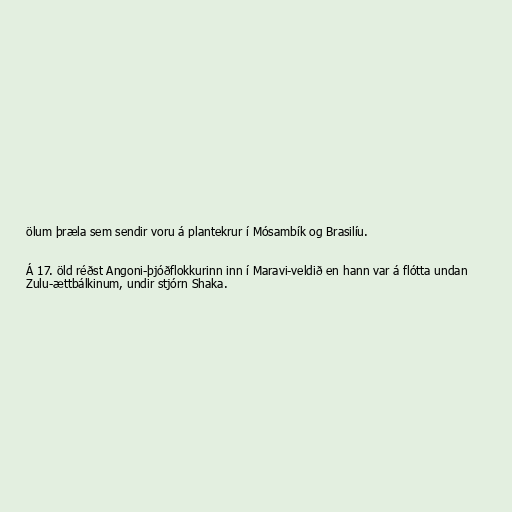
ölum þræla sem sendir voru á plantekrur í Mósambík og Brasilíu.

Á 17. öld réðst Angoni-þjóðflokkurinn inn í Maravi-veldið en hann var á flótta undan
Zulu-ættbálkinum, undir stjórn Shaka.